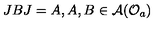
J B J = A , A , B \in \mathcal { A } ( \mathcal { O } _ { a } )